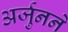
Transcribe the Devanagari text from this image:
अर्जुनने